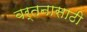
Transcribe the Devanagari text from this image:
वर्तनासाठी